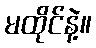
မထိုင်နဲ့။